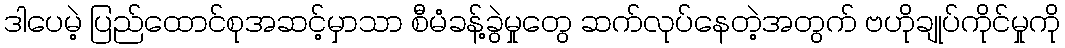
ဒါပေမဲ့ ပြည်ထောင်စုအဆင့်မှာသာ စီမံခန့်ခွဲမှုတွေ ဆက်လုပ်နေတဲ့အတွက် ဗဟိုချုပ်ကိုင်မှုကို